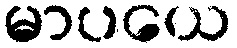
မာပယေ